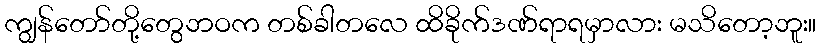
ကျွန်တော်တို့တွေဘဝက တစ်ခါတလေ ထိခိုက်ဒဏ်ရာရမှာလား မသိတော့ဘူး။